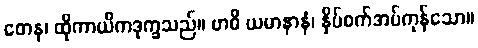
တေန၊ ထိုကာယိကဒုက္ခသည်။ ဗာဓိ ယမာနာနံ၊ နှိပ်စက်အပ်ကုန်သော။